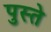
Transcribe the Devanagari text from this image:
पुस्ते